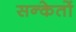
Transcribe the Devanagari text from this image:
सन्केतों